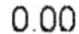
0.00